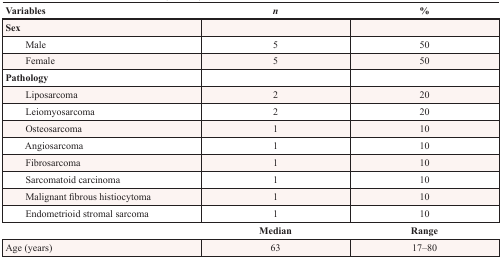
<table><thead><tr><td><b>Variables</b></td><td><b><i>n</i></b></td><td><b>%</b></td></tr></thead><tbody><tr><td><b>Sex</b></td><td></td><td></td></tr><tr><td>Male</td><td>5</td><td>50</td></tr><tr><td>Female</td><td>5</td><td>50</td></tr><tr><td><b>Pathology</b></td><td></td><td></td></tr><tr><td>Liposarcoma</td><td>2</td><td>20</td></tr><tr><td>Leiomyosarcoma</td><td>2</td><td>20</td></tr><tr><td>Osteosarcoma</td><td>1</td><td>10</td></tr><tr><td>Angiosarcoma</td><td>1</td><td>10</td></tr><tr><td>Fibrosarcoma</td><td>1</td><td>10</td></tr><tr><td>Sarcomatoid carcinoma</td><td>1</td><td>10</td></tr><tr><td>Malignant fibrous histiocytoma</td><td>1</td><td>10</td></tr><tr><td>Endometrioid stromal sarcoma</td><td>1</td><td>10</td></tr><tr><td></td><td><b>Median</b></td><td><b>Range</b></td></tr><tr><td>Age (years)</td><td>63</td><td>17–80</td></tr></tbody></table>